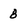
Character: 8